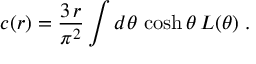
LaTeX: c ( r ) = \frac { 3 \, r } { \pi ^ { 2 } } \int d \theta \, \cosh \theta \, L ( \theta ) \; .